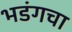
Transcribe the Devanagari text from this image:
भडंगचा